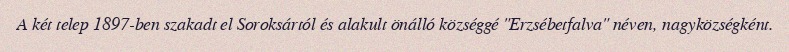
A két telep 1897-ben szakadt el Soroksártól és alakult önálló községgé "Erzsébetfalva" néven, nagyközségként.